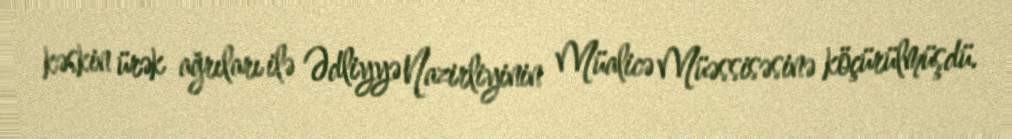
kəskin ürək ağrıları ilə Ədliyyə Nazirliyinin Müalicə Müəssisəsinə köçürülmüşdü.